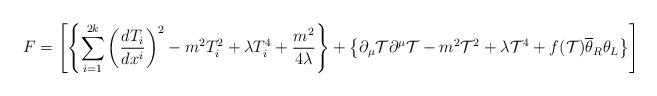
LaTeX: \begin{align*}F=\left[ \left\{\sum_{i=1}^{2k}\left(\frac{dT_i}{dx^i}\right)^2-m^2T^2_i+\lambda T_i^4+\frac{m^2}{4\lambda}\right\}+\left\{\partial_{\mu}\mathcal{T}\partial^{\mu}\mathcal{T}-m^2\mathcal{T}^2+\lambda\mathcal{T}^4 +f(\mathcal{T})\overline{\theta}_R\theta_L\right\}\right]\end{align*}